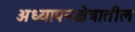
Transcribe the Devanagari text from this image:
अध्यापनक्षेत्रातील